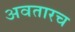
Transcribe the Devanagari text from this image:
अवतारच